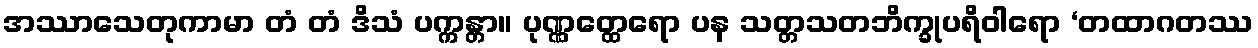
အဿာသေတုကာမာ တံ တံ ဒိသံ ပက္ကန္တာ။ ပုဏ္ဏတ္ထေရော ပန သတ္တသတဘိက္ခုပရိဝါရော ‘တထာဂတဿ